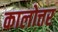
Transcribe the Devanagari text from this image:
कालोत्तर